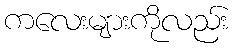
ကလေးများကိုလည်း